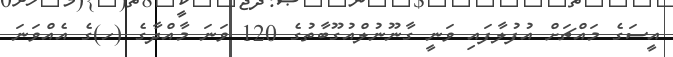
އީސަގެ މައްޗަށް އުފުލާފައި ވަނީ ގާނޫނުލްއުގޫބާތުގެ 120 ވަނަ މާއްދާގެ (ހ)ގެ އެއްވަނަ